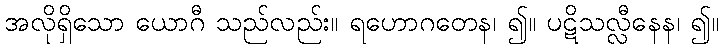
အလိုရှိသော ယောဂီ သည်လည်း။ ရဟောဂတေန၊ ၍။ ပဋိသလ္လီနေန၊ ၍။